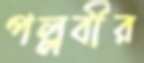
পল্লবীর